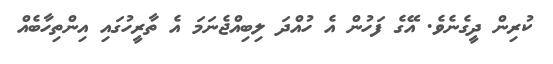
ކުރިން ދީގެނެވެ. އޭގެ ފަހުން އެ ހުއްދަ ލިބިއްޖެނަމަ އެ ތާރީހުގައި އިންތިހާބެއް